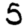
Digit: 5